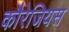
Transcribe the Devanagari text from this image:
कौरेजियस